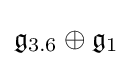
{\mathfrak {g}}_{3.6}\oplus {\mathfrak {g}}_{1}